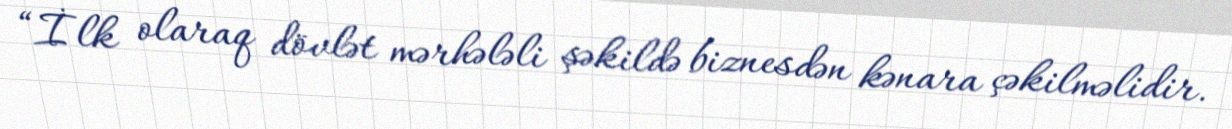
“İlk olaraq dövlət mərhələli şəkildə biznesdən kənara çəkilməlidir.